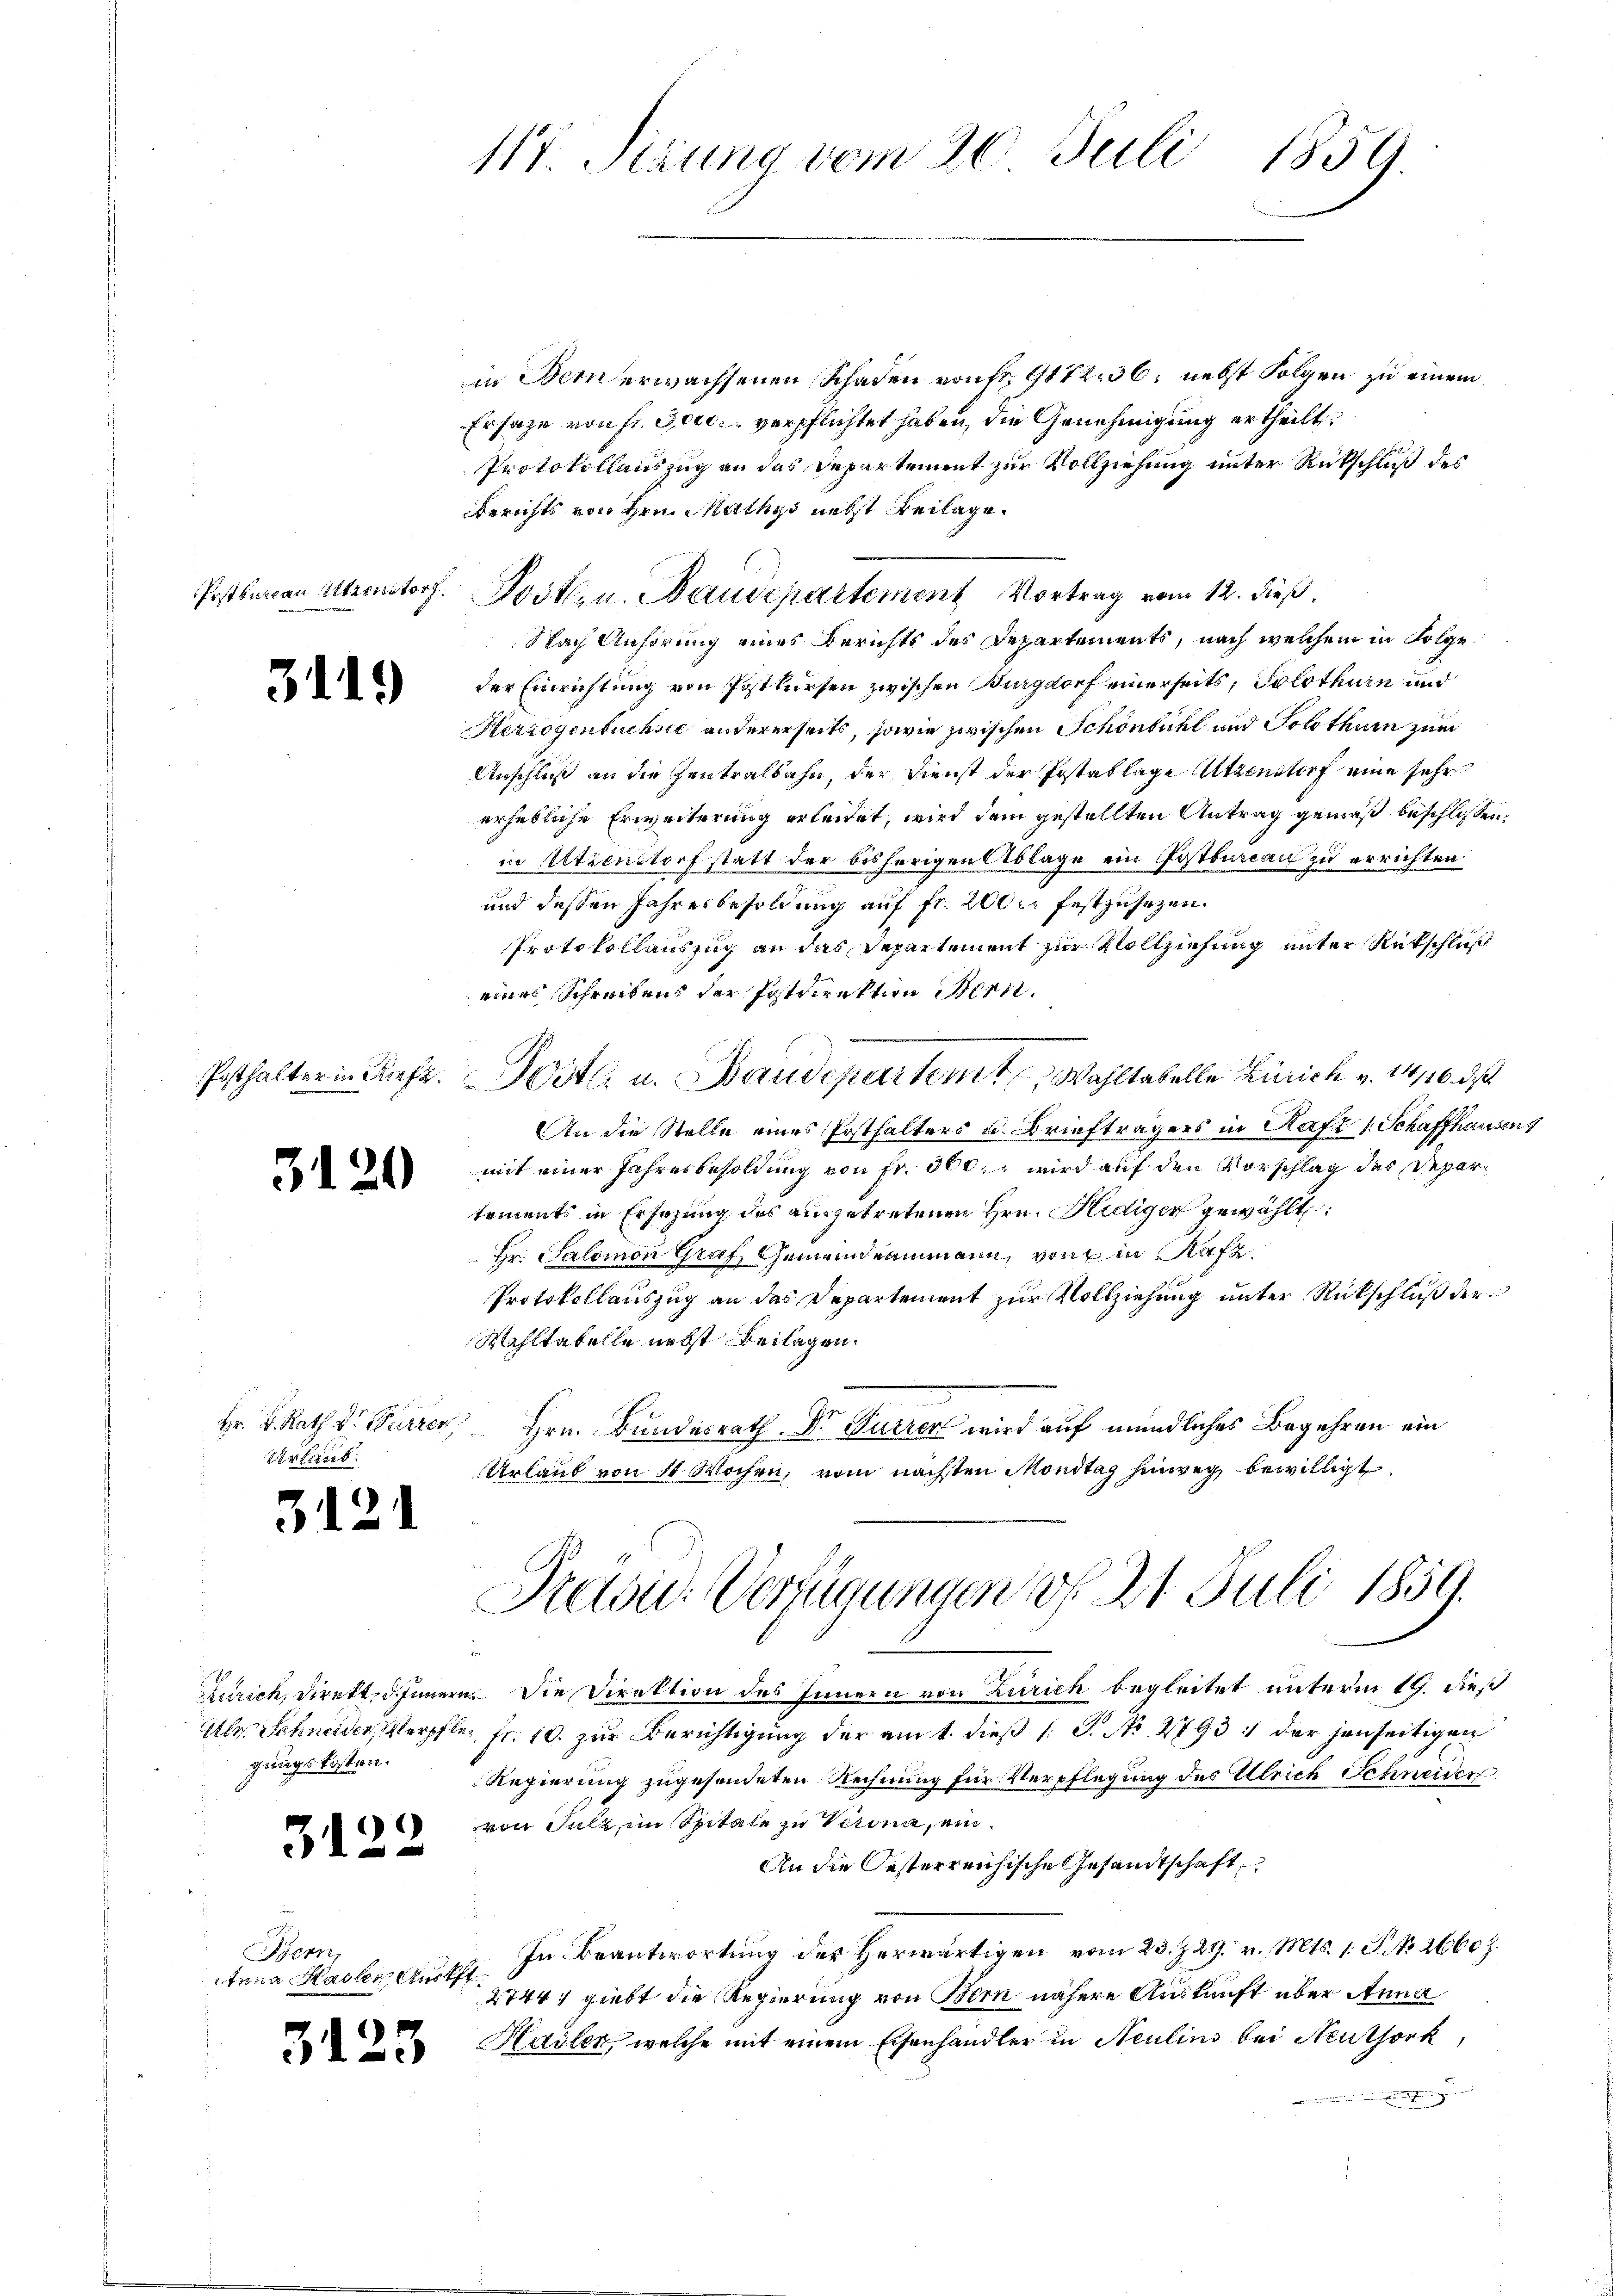
311.

3120

Hr. K. Rath Dr. Furren,
Urlaub.

3121

gungskosten.

)
312

Bern,
tnna Hadler Auft

3123

117. Sizung vom 20. Juli 1859.

in Bern erwachsenen Schaden von fr. 9172. 36: nebst Folgen zu einem
Ersage von Fr. Jede verpflichtet haben, die Genehmigung ertheilt,
Protokollauszug an das Departement zur Vollziehung unter Rückschluß des
Berichts von Hrn. Mathys nebst Beilage.
Postbureau Atzenstorf. Posten. Baudepartement Vortrag vom 12. dieß,
Nach Anhörung eines Berichts des Departements, nach welchem in Folge
der Einrichtung von Postlersen zwischen Burgdorf einerseits, Solothurn und
Herzogenbuchste andererseits, sowie zwischen Schönbühl und Solothurn zum
Anschluß an die Zentralbahn, der Dienst der Postatlage Atzenstorf eine sehr
erhebliche Erweiterung erleidet, wird dem gestellten Antrag gemäß beschlossen:
in Utienstorf statt der bisherigen Ablage ein Postbureau zu errichten.
und dessen Jahresbesoldung auf fr. 200 festzusetzen.
Protokollauszug an das Departement zur Vollziehung unter Rückschluß
eines Schreiben der Postdirektion Bern.
Posthalter in Kref. Dort u. Baudepartem Wahltabelle Zürich v. 14116. d.
An die Stelle eines Posthalters u. Briefträgers in Rafz 1 Schaffhausen
mit einer Jahresbesoldung von Fr. 360. wird auf den Vorschlag des Departements in Ersezung des ausgetretenen Hrn. Hediger gewählt:
Hr. Salomon Graf, Gemeindeammann, von in Rafz
Protokollauszug an des Departement zur Vollziehung unter Rückschluß der
Wahltatelle nebst Beilagen.
Hrn. Bundesrath Dr Furren wird auf mündliches Begehren ein
Urlaub von 4 Wochen, vom nächsten Mondtag hinweg bewilligt

Präsid-Verfügungen d. 21. Juli 1859.

Zürich, Direkt, ohnern. Die Direktion des Innern von Zürich begleitet unterm 19. dieß
Ulr. Schneider Verpflen Fr. 10. zur Berichtigung der am 1. dieß (S. Nr. 27931 der jenseitigen
Regierung zugesendeten Rechnung für Verpflegung des Ulrich Schneiden
von Sulz, im Spitale zu Krona, ein¬
An die Oesterreichische Gesandtschaft
In Beantwortung des herwärtigen vom 23. 29. v. Mts. 1. P. Nr. 26607.
27447 giebt die Regierung von Bern nähere Auskunft über Anna
Hailen, welche mit einem Eisenhändler in Neulins bei Neuthork,
g